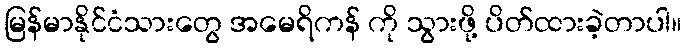
မြန်မာနိုင်ငံသားတွေ အမေရိကန် ကို သွားဖို့ ပိတ်ထားခဲ့တာပါ။